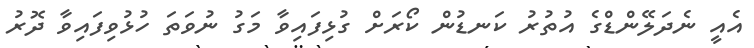
އެއީ ނެދަލޭންޑްގެ އުތުރު ކަނޑުން ކޯރަށް ގުޅިފައިވާ މަގު ނުވަތަ ހުޅުވިފައިވާ ދޮރު